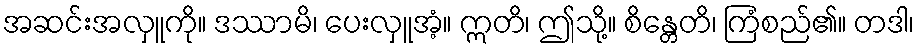
အဆင်းအလှူကို။ ဒဿာမိ၊ ပေးလှူအံ့။ ဣတိ၊ ဤသို့။ စိန္တေတိ၊ ကြံစည်၏။ တဒါ၊